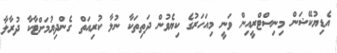
އެޑިޔުކޭޝަން މިނިސްޓްރީއިން ވަނީ މިއަހަރުގެ ކިޔެވުން ދަތިތަކާ ނުލާ ކުރިއަތް ގެންދިޔުމަށްޓާކާ ދުރާލާ